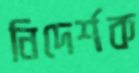
নিদের্শক